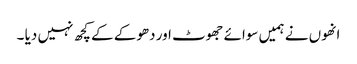
انھوں نے ہمیں سوائے جھوٹ اور دھوکے کے کچھ نہیں دیا ۔